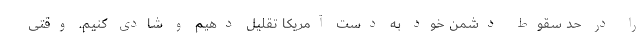
را در حد سقوط دشمن خود به دست آمریکا تقلیل دهیم و شادی کنیم. وقتی